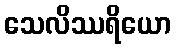
သေလိဿရိယော